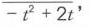
\(-t^{2}+2t\)